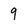
Character: 9